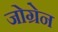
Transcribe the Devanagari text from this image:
जोग्रेन